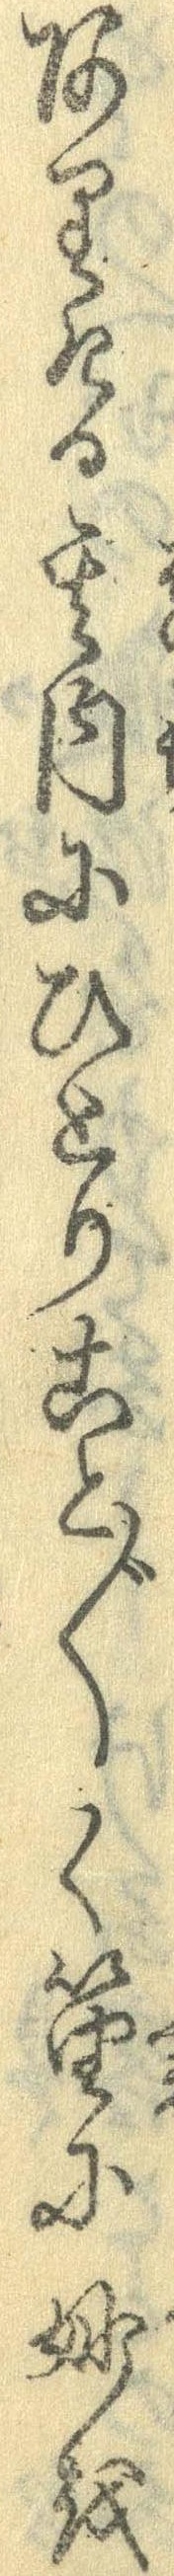
ありたる其内にひとりこと〲く笛に妙を